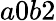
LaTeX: a0b2